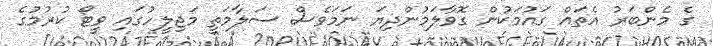
ގެ މެންބަރު އެތައް ގައުމަކުން ގޮވާލަމުންދިޔަ ނަމަވެސް ސަލާމަތީ މަޖިލީހުގައި ވީޓޯ ކުރުމުގެ